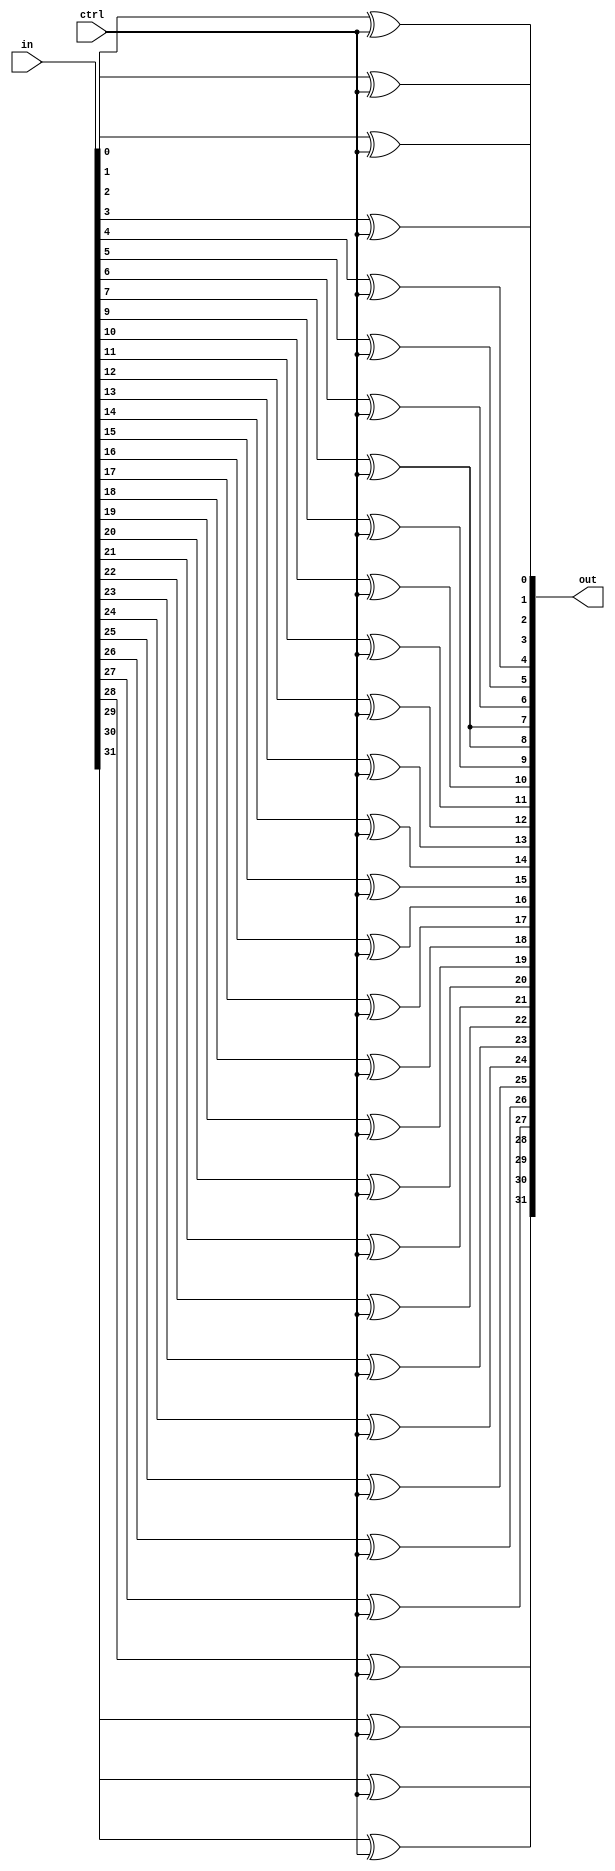
`timescale 1ns / 1ps
//////////////////////////////////////////////////////////////////////////////////
// Company: 
// 
// Design Name: 
// Module Name: xor_bus
// Project Name: 
// Target Devices: 
// Tool Versions: 
// Description: 
// 
// Dependencies: 
// 
// Revision:
// Revision 0.01 - File Created
// Additional Comments:
// 
//////////////////////////////////////////////////////////////////////////////////


module xor_bus(
    output [31:0] out,
    input [31:0] in,
    input ctrl
    );
    
    xor(out[0], in[0], ctrl);
    xor(out[1], in[1], ctrl);
    xor(out[2], in[2], ctrl);
    xor(out[3], in[3], ctrl);
    xor(out[4], in[4], ctrl);
    xor(out[5], in[5], ctrl);
    xor(out[6], in[6], ctrl);
    xor(out[7], in[7], ctrl);
    xor(out[8], in[7], ctrl);
    xor(out[9], in[9], ctrl);
    xor(out[10], in[10], ctrl);
    xor(out[11], in[11], ctrl);
    xor(out[12], in[12], ctrl);
    xor(out[13], in[13], ctrl);
    xor(out[14], in[14], ctrl);
    xor(out[15], in[15], ctrl);
    xor(out[16], in[16], ctrl);
    xor(out[17], in[17], ctrl);
    xor(out[18], in[18], ctrl);
    xor(out[19], in[19], ctrl);
    xor(out[20], in[20], ctrl);
    xor(out[21], in[21], ctrl);
    xor(out[22], in[22], ctrl);
    xor(out[23], in[23], ctrl);
    xor(out[24], in[24], ctrl);
    xor(out[25], in[25], ctrl);
    xor(out[26], in[26], ctrl);
    xor(out[27], in[27], ctrl);
    xor(out[28], in[28], ctrl);
    xor(out[29], in[29], ctrl);
    xor(out[30], in[30], ctrl);
    xor(out[31], in[31], ctrl);
    
endmodule